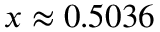
x \approx 0 . 5 0 3 6